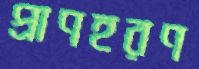
প্রাণহরণ